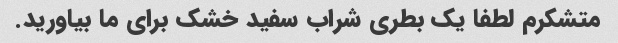
متشکرم لطفا یک بطری شراب سفید خشک برای ما بیاورید.